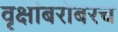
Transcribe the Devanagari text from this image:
वृक्षांबरोबरच